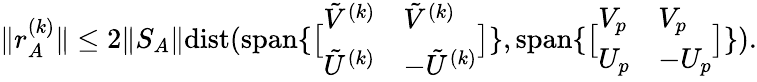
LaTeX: \| r_{A}^{(k)}\| \leq 2\| S_{A}\| {\mathrm{dist}}({\mathrm{span}}\{ \bigl[\begin{array}{ll}{\tilde{V}^{(k)}}&{\tilde{V}^{(k)}}\\ {\tilde{U}^{(k)}}&{-\tilde{U}^{(k)}}\end{array}\bigr]\} ,{\mathrm{span}}\{ \bigl[\begin{array}{ll}{V_{p}}&{V_{p}}\\ {U_{p}}&{-U_{p}}\end{array}\bigr]\} ).